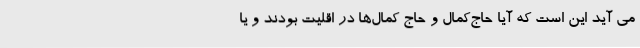
می‌ آید این است که آیا حاج‌کمال و حاج کمال‌ها در اقلیت بودند و یا